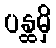
ပန္ထမှိ